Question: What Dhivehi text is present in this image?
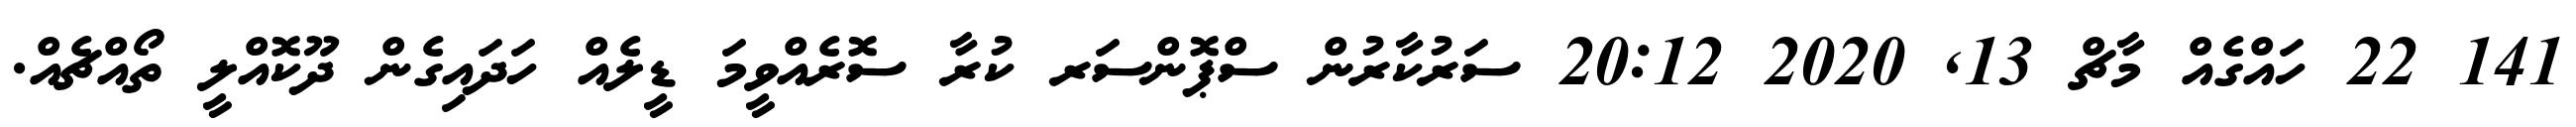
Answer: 141 22 ހައްގެއް މާޗް 13, 2020 20:12 ސަރުކާރުން ސްޕޮންސަރ ކުރާ ސޮރެއްވީމަ ޑީލެއް ހަދައިގެން ދޫކޮއްލީ ތޯއްޗެއް.